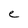
Character: e